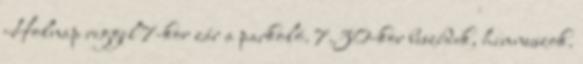
Holnap reggel 7-kor zár a parkoló. 7.30-kor beszédek, himnuszok.